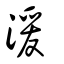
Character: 湲